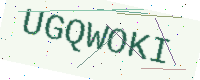
Text: UGQWOKI